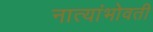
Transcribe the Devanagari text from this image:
नात्यांभोवती